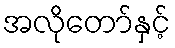
အလိုတော်နှင့်